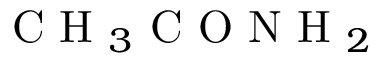
\textup { C H } _ { 3 } \textup { C O N H } _ { 2 }